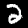
Label: 2